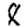
Digit: 8